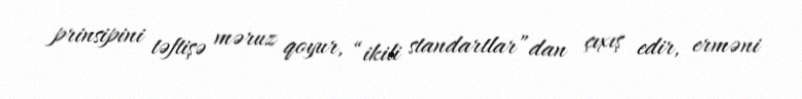
prinsipini təftişə məruz qoyur, “ikili standartlar”dan çıxış edir, erməni